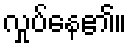
လှုပ်နေ၏။